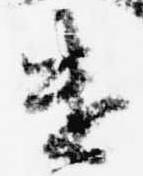
遣